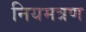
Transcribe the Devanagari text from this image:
नियमत्रण